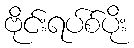
ဗိုင်းရပ်စ်ပိုး